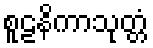
စူဠနိကာသုတ္တံ